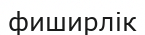
фиширлік